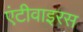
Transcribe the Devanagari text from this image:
एंटीवाइरस